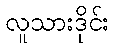
လူသားဒိုင်း